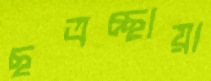
ছত্রচ্ছায়া